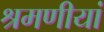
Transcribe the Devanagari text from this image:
श्रमणीयां